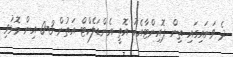
ދެ ވަނައިގައި ތިން ޕޮއިންޓާއެކު އޮތީ އެންޑަލެކްޓް އަތުން 3-0 އިން މޮޅުވި